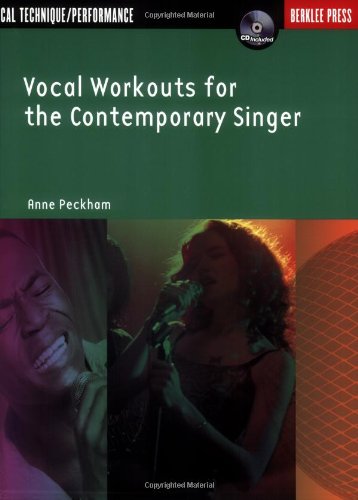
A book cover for Vocal Workouts for the Contemporary Singer (Vocal) (Berklee Press); Anne Peckham; Humor & Entertainment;